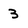
Character: 3